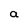
Character: a